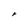
Character: r